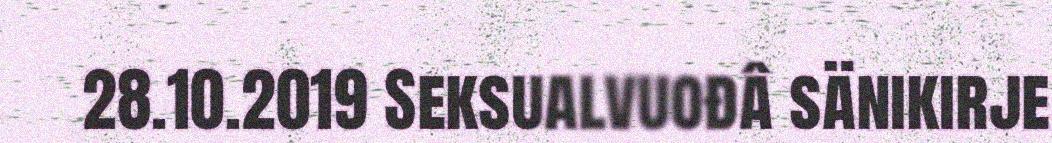
28.10.2019 Seksualvuođâ sänikirje